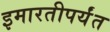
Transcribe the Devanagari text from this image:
इमारतीपर्यंत